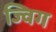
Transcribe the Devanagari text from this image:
ज्विग